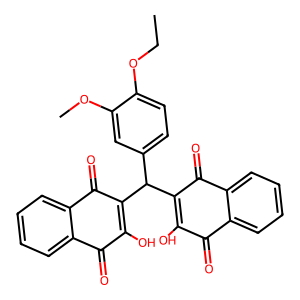
SMILES: CCOc1ccc(C(C2=C(O)C(=O)c3ccccc3C2=O)C2=C(O)C(=O)c3ccccc3C2=O)cc1OC
Inhibits HIV replication: No